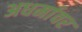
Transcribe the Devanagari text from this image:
अधर्मावर